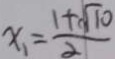
x _ { 1 } = \frac { 1 + \sqrt { 1 0 } } { 2 }